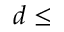
d \leq